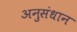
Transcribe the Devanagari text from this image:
अनुसंधान